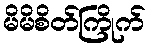
မိမိစိတ်ကြိုက်